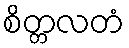
စိတ္တလတံ